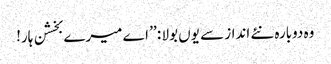
وہ دوبارہ نئے انداز سے یوں بولا : ’’ اے میرے بخشن ہار!